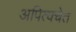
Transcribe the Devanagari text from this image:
अपित्वचेत